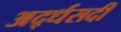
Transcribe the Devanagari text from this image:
अर्द्धसदी